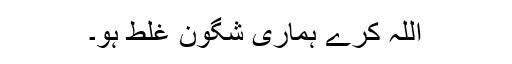
اللہ کرے ہماری شگون غلط ہو۔